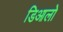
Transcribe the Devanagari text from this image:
डिआलो